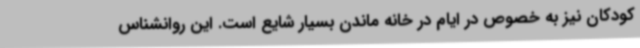
کودکان نیز به خصوص در ایام در خانه ماندن بسیار شایع است. این روانشناس